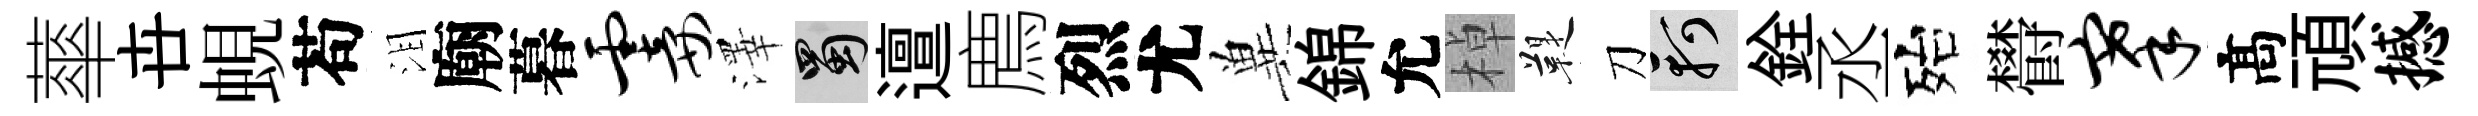
蕐卋蜆苟泪廟暮霎澤蜀邅廌烈尤兾錦允棹鞮刀軻銓丞殆欎搴髙頑撼